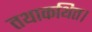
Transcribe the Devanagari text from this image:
तथाकथित।